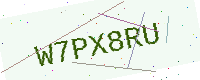
Text: W7PX8RU